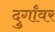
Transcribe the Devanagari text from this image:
दुर्गांवर